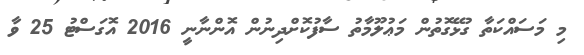
މި މަސައްކަތާ ގުޅޭގޮތުން މަޢުލޫމާތު ސާފުކޮށްދިނުން އޮންނާނީ 2016 އޮގަސްޓު 25 ވާ